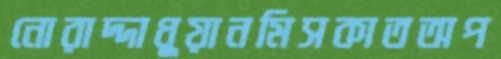
নোরাদ্দাধুয়ানমিসকাতঅপ